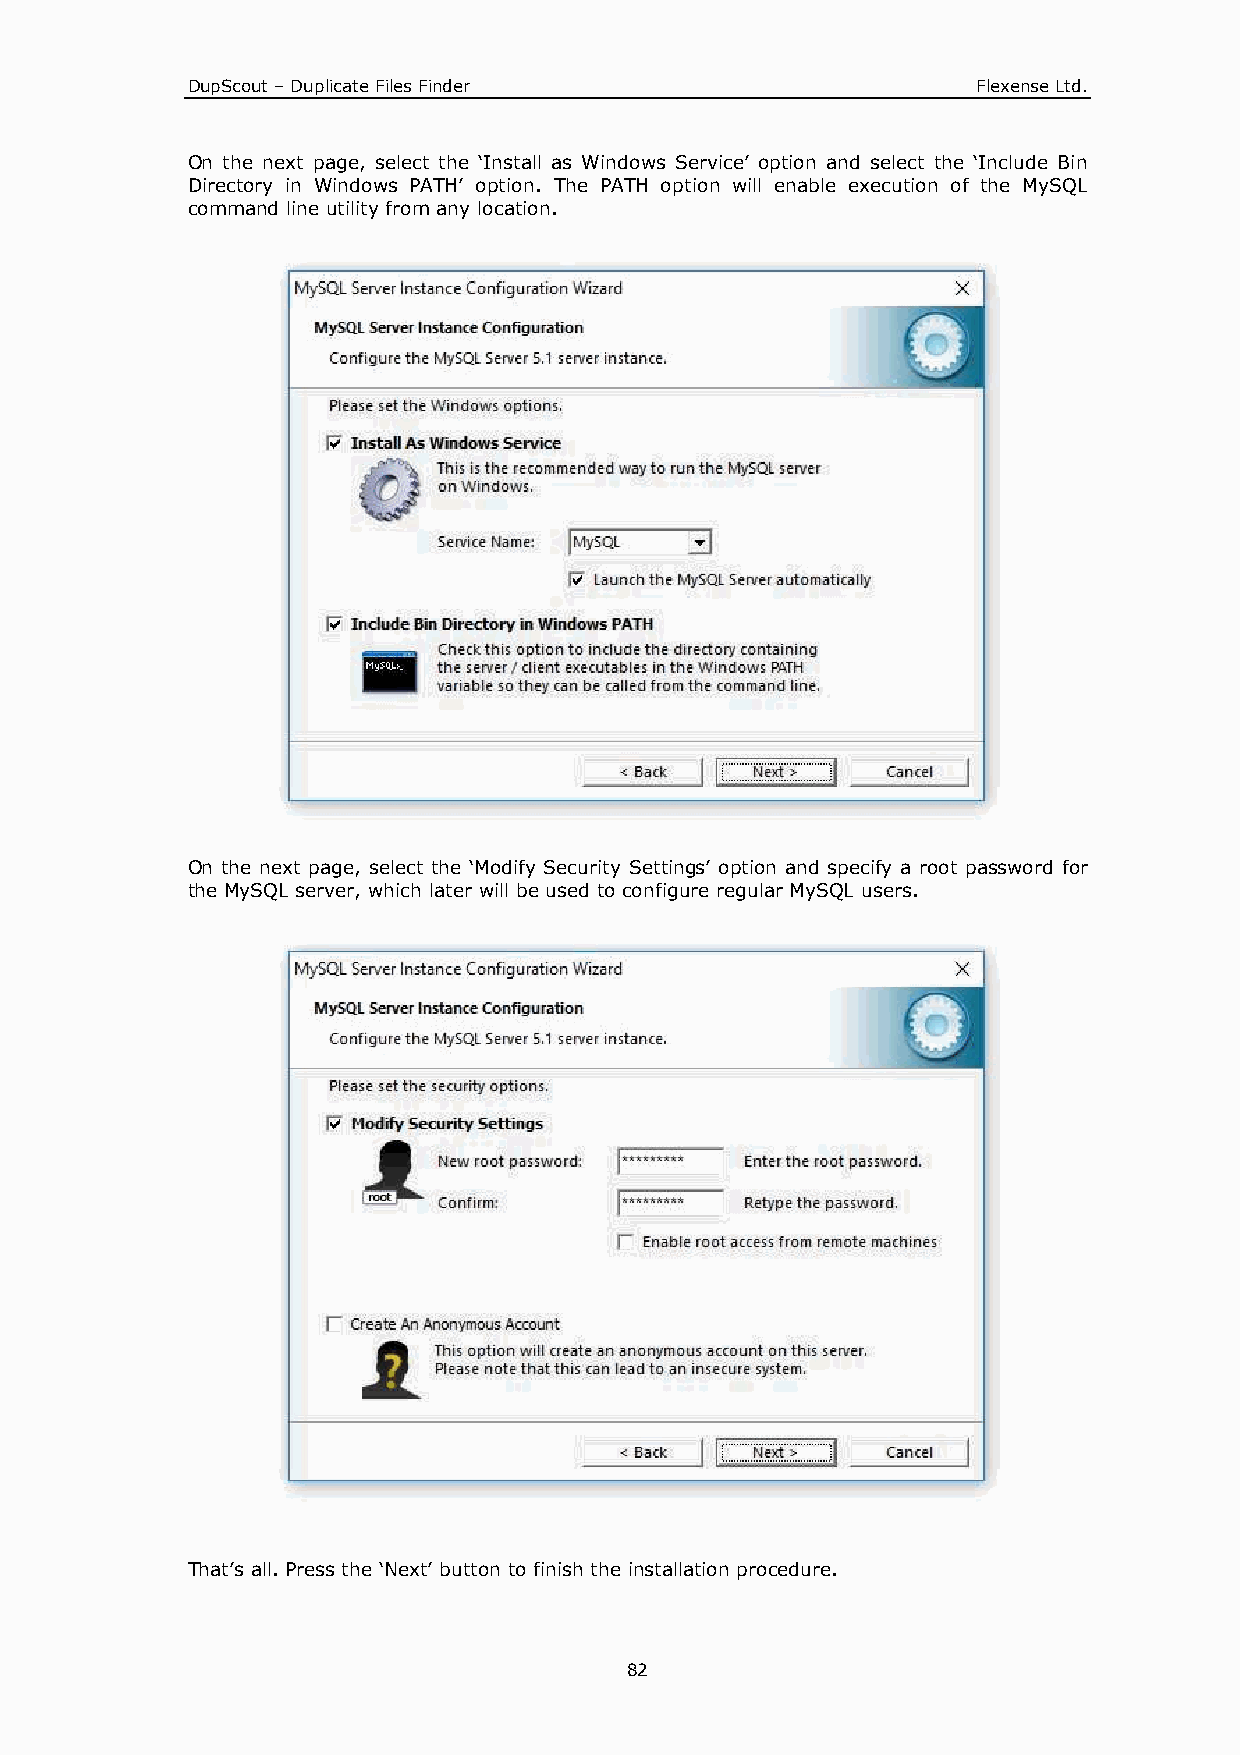
DupScout – Duplicate Files Finder                    Flexense Ltd.
 On the next page, select the ‘Install as Windows Service’ option and select the ‘Include Bin
 Directory in Windows PATH’ option. The PATH option will enable execution of the MySQL
 command line utility from any location.
 On the next page, select the ‘Modify Security Settings’ option and specify a root password for
 the MySQL server, which later will be used to configure regular MySQL users.
 That’s all. Press the ‘Next’ button to finish the installation procedure.
 82